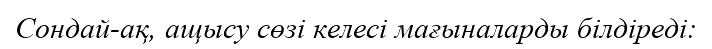
Сондай-ақ, ащысу сөзі келесі мағыналарды білдіреді: